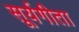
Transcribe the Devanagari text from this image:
सूर्यगीता